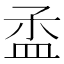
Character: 𥁝